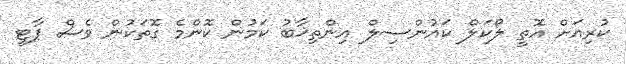
ކުރިއަށް އޮތީ ލޯކަލް ކައުންސިލް އިންތިޚާބު ކަމުން ކޮންމެ ގޮތަކުން ވެސް ޕާޓީ